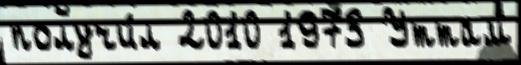
получи́л 2010 1973 Уттам